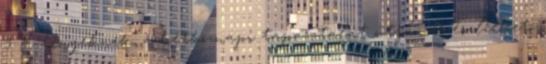
9 E tényeknek, a hétköznapi tapasztalat útján is észlelhetõ